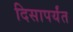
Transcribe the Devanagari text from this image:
दिसापर्यंत